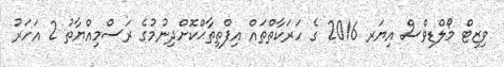
ވިޒިޓް މޯލްޑިވްސް އިޔަރ 2016 ގެ ހަރަކާތްތައް އިފްތިތާޙްކޮށްދިނުމުގެ ރަސްމިއްޔާތު 2 އަހަރު